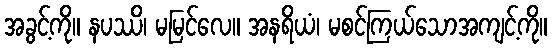
အခွင့်ကို။ နပဿိ၊ မမြင်လေ။ အနရိယံ၊ မစင်ကြယ်သောအကျင့်ကို။